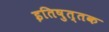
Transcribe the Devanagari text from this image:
इतिषुत्तक